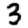
Digit: 3